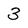
Character: 3